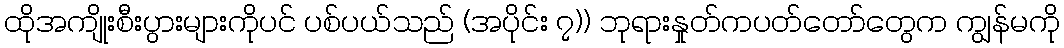
ထိုအကျိုးစီးပွားများကိုပင် ပစ်ပယ်သည် (အပိုင်း ၇)) ဘုရားနှုတ်ကပတ်တော်တွေက ကျွန်မကို